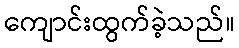
ကျောင်းထွက်ခဲ့သည်။